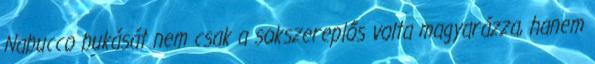
Nabucco bukását nem csak a sokszereplős volta magyarázza, hanem